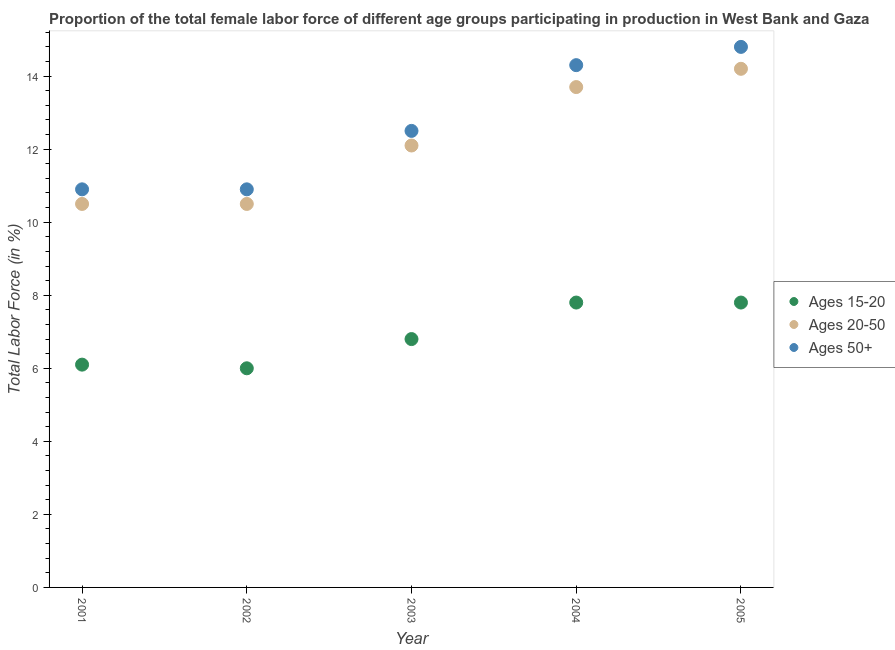
| Year | Ages 15-20 | Ages 20-50 | Ages 50+ |
 | --- | --- | --- | --- |
 | 2001 | 6.1 | 10.5 | 10.9 |
 | 2002 | 6 | 10.5 | 10.9 |
 | 2003 | 6.8 | 12.1 | 12.5 |
 | 2004 | 7.8 | 13.7 | 14.3 |
 | 2005 | 7.8 | 14.2 | 14.8 |